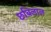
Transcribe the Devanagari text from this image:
छबिलाल